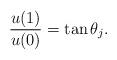
LaTeX: \begin{align*}\frac{u(1)}{u(0)}=\tan\theta_j.\end{align*}